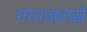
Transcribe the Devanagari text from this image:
गंगाजलसे